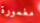
مغمورة